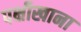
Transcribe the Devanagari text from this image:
पक्षीखाना